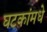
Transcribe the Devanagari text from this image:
घटकांमधे